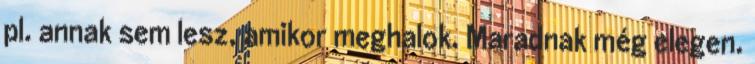
pl. annak sem lesz, amikor meghalok. Maradnak még elegen.